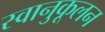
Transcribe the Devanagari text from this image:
स्वानुकूलन